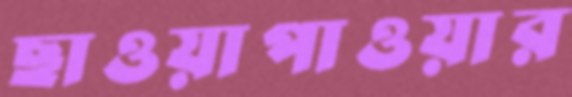
ছাওয়াপাওয়ার